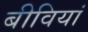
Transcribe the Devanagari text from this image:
बीवियां